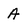
Character: A